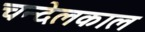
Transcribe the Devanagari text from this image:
चन्देलकाल